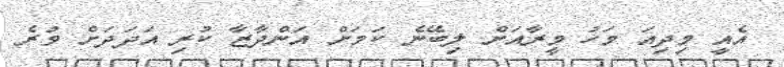
އެއީ މިދިއަ މަހު މީރާއަށް ލިބޭނެ ކަމަށް އަންދާޒާ ކުރި އަދަދަށް ވުރެ